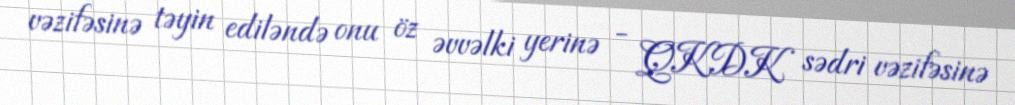
vəzifəsinə təyin ediləndə onu öz əvvəlki yerinə - QKDK sədri vəzifəsinə